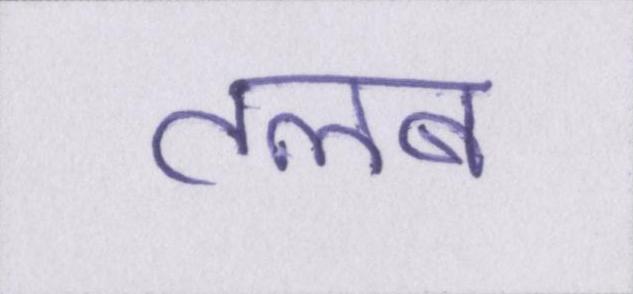
तलब